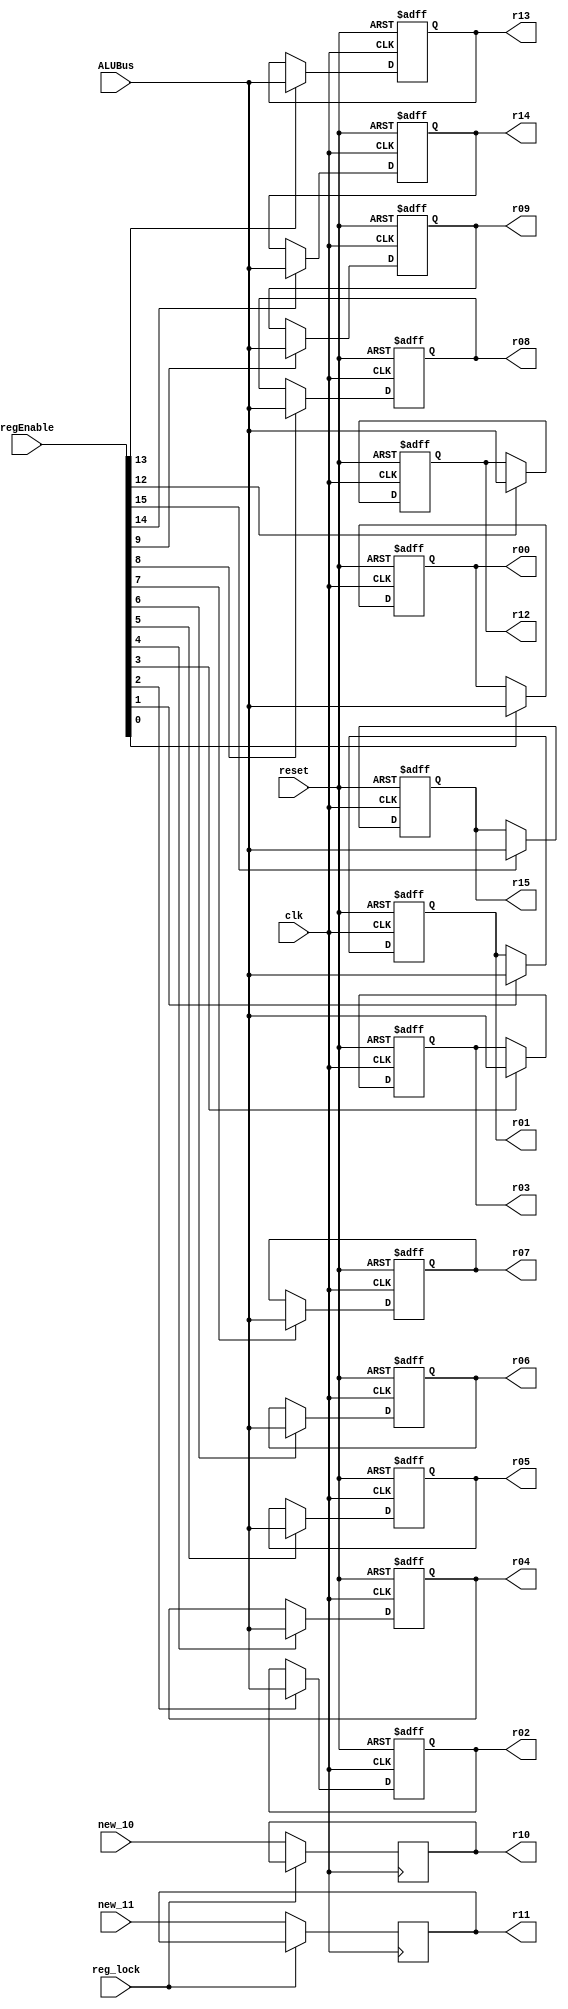
// Given below is a 2D-memory array implementation
module Register(ALUBus, r00, r01, r02, r03, r04, r05, r06, r07, r08, r09, r10, r11, r12, r13, r14, r15, regEnable, clk, reset, 
                     new_10, new_11, reg_lock);
input clk, reset, reg_lock;
input [15:0] ALUBus;
input [15:0] regEnable;
input [15:0]  new_10, new_11;
// 16 instances (r00 to r15) of 16-bit registers
output [15:0] r00, r01, r02, r03, r04, r05, r06, r07, r08, r09, r10, r11, r12, r13, r14, r15;
reg [15:0] r [0:15]; // 2-dimensional memory

genvar i;

generate
  for(i=0; i<=15;i=i+1)
    begin: regfile
      always @(negedge clk, negedge reset)
        begin:register_always
			 if(i == 10 || i == 11);
          else if(reset == 0)
            r[i] <= 16'b0000000000000000;
          else if(regEnable[i]==1'b1)
            r[i] <= ALUBus;
          else
            r[i] <= r[i];
        end
    end
endgenerate

// assign outputs explicitly
assign r00 = r[0];
assign r01 = r[1];
assign r02 = r[2];
assign r03 = r[3];
assign r04 = r[4];
assign r05 = r[5];
assign r06 = r[6];
assign r07 = r[7];
assign r08 = r[8];
assign r09 = r[9];
assign r10 = r[10];
assign r11 = r[11];
assign r12 = r[12];
assign r13 = r[13];
assign r14 = r[14];
assign r15 = r[15];



// tentative for nunchuck

always@(negedge clk)
begin
	if(!reg_lock) begin
		r[10] = {16'd0,new_10};
		r[11] = {16'd0,new_11};
	end
end
endmodule